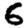
Digit: 6